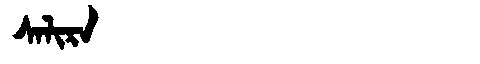
Manchu: ᠰᠠᠯᡳᡵᠠ
Romanization: SALIRA